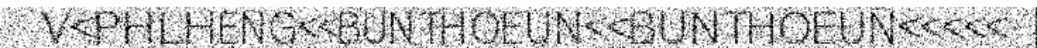
V<PHLHENG<<BUNTHOEUN<<BUNTHOEUN<<<<<